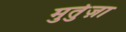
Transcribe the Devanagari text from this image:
मुर्तुज़ा